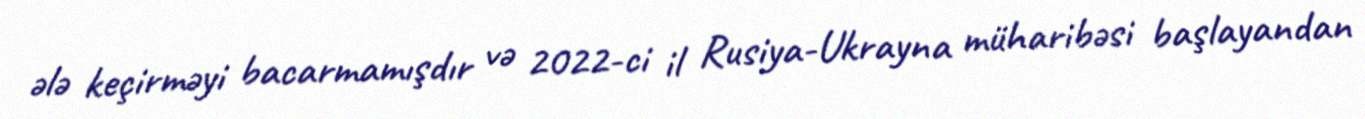
ələ keçirməyi bacarmamışdır və 2022-ci il Rusiya-Ukrayna müharibəsi başlayandan